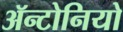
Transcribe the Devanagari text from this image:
ॲन्टोनियो